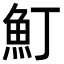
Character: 䰳